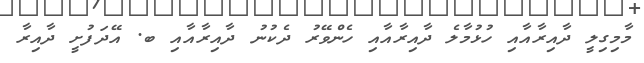
މާމިގިލީ ދާއިރާއާއި ހުޅުމާލެ ދާއިރާއާއި ހެންވޭރު ދެކުނު ދާއިރާއާއި ބ. އޭދަފުށީ ދާއިރާ